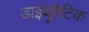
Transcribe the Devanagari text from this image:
डाइयूरेटिक